Report on vaccination in the Province of Bengal - 1869-1873
Year: 1869
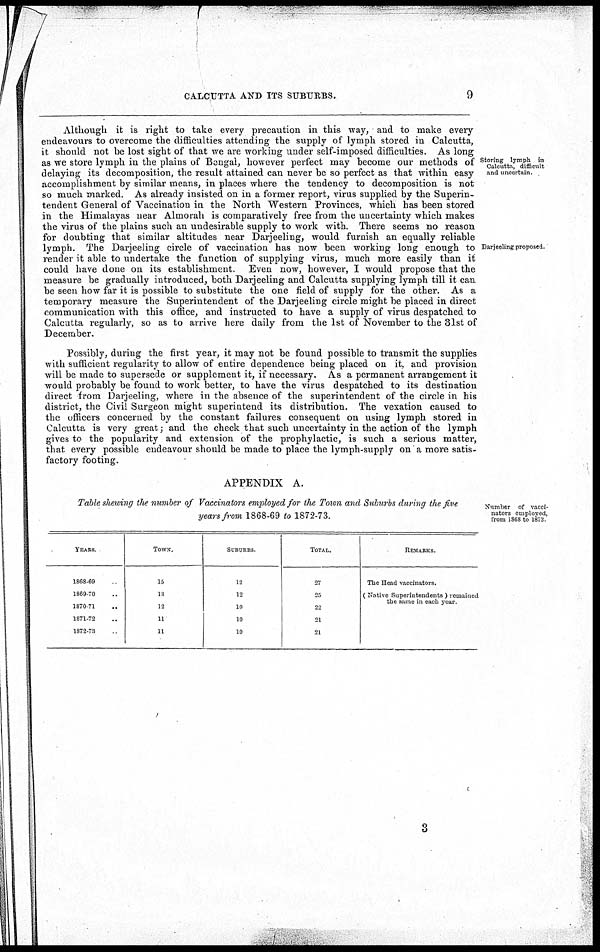
CALCUTTA AND ITS SUBURBS.
9
Storing lymph in
Calcutta, difficult
and uncertain.
Darjeeling proposed.
Although it is right to take every precaution in this way, and to make every
endeavours to overcome the difficulties attending the supply of lymph stored in Calcutta,
it should not be lost sight of that we are working under self-imposed difficulties. As long
as we store lymph in the plains of Bengal, however perfect may become our methods of
delaying its decomposition, the result attained can never be so perfect as that within easy
accomplishment by similar means, in places where the tendency to decomposition is not
so much marked. As already insisted on in a former report, virus supplied by the Superin-
tendent General of Vaccination in the North Western Provinces, which has been stored
in the Himalayas near Almorah is comparatively free from the uncertainty which makes
the virus of the plains such an undesirable supply to work with. There seems no reason
for doubting that similar altitudes near Darjeeling, would furnish an equally reliable
lymph. The Darjeeling circle of vaccination has now been working long enough to
render it able to undertake the function of supplying virus, much more easily than it
could have done on its establishment. Even now, however, I would propose that the
measure be gradually introduced, both Darjeeling and Calcutta supplying lymph till it can
be seen how far it is possible to substitute the one field of supply for the other. As a
temporary measure the Superintendent of the Darjeeling circle might be placed in direct
communication with this office, and instructed to have a supply of virus despatched to
Calcutta regularly, so as to arrive here daily from the 1st of November to the 31st of
December.
Possibly, during the first year, it may not be found possible to transmit the supplies
with sufficient regularity to allow of entire dependence being placed on it and provision
will be made to supersede or supplement it, if necessary. As a permanent arrangement it
would probably be found to work better, to have the virus despatched to its destination
direct from Darjeeling, where in the absence of the superintendent of the circle in his
district, the Civil Surgeon might superintend its distribution. The vexation caused to
the officers concerned by the constant failures consequent on using lymph stored in
Calcutta is very great; and the check that such uncertainty in the action of the lymph
gives to the popularity and extension of the prophylactic, is such a serious matter,
that every possible endeavour should be made to place the lymph-supply on a more satis-
factory footing.
Number of vacci-
nators employed,
from 1868 to 1873
APPENDIX A.
Table shewing the number of Vaccinators employed for the Town and Suburbs during the five
years from 1868-69 to 1872-73.
YEARS
1868-69
1869-70
1870-71
1871-72
1872-73
TOWN.
15
13
12
11
11
SUBURBS
12
12
10
10
10
TOTAL.
27
25
22
21
21
REMARKS
The Head vaccinators.
( Native Superintendents ) remained
the same in each year.
3